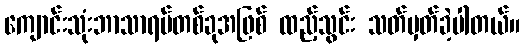
ကျောင်းသုံးဘာသာရပ်တစ်ခုအဖြစ် ထည့်သွင်း သတ်မှတ်ခဲ့ပါတယ်။